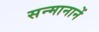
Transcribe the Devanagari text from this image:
सन्मानानें